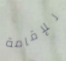
للإقامة